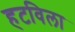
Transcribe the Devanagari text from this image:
हटविला